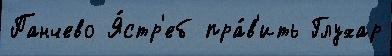
Панчево Я́стр'еб пра́в'ить Глухар